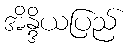
အိန္ဒိယပြည်